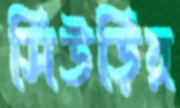
সিউড়ির